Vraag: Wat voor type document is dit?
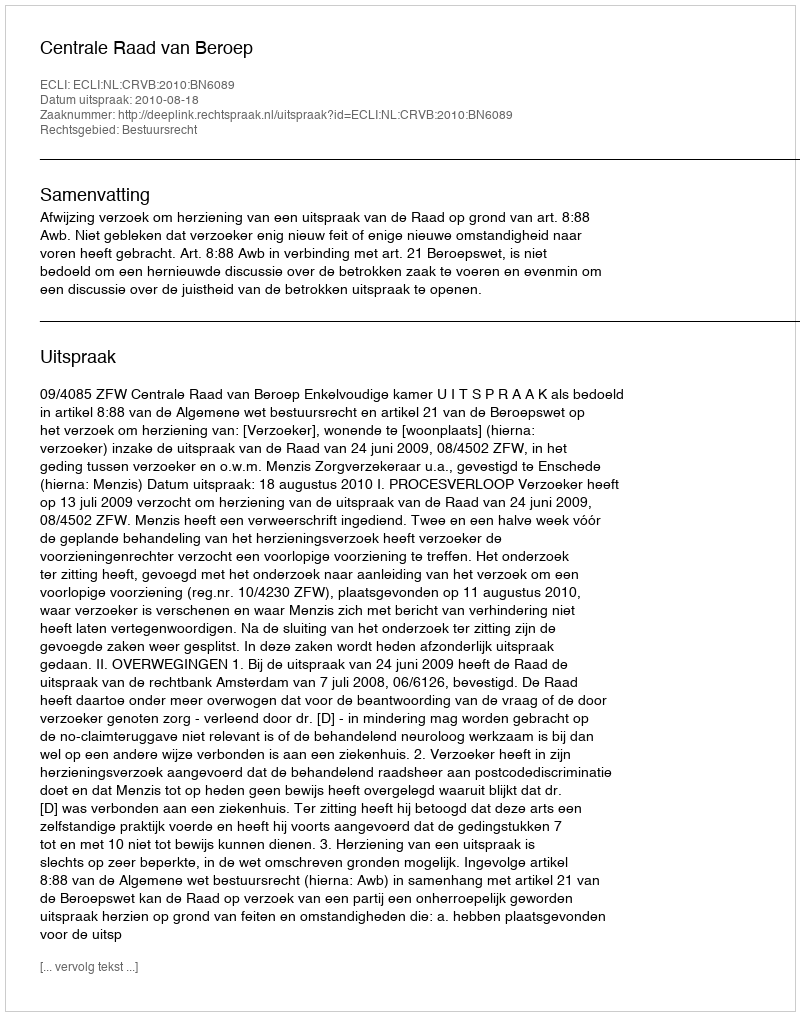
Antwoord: Uitspraak